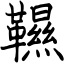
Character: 韅